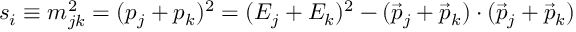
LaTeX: s _ { i } \equiv m _ { j k } ^ { 2 } = ( p _ { j } + p _ { k } ) ^ { 2 } = ( E _ { j } + E _ { k } ) ^ { 2 } - ( { \vec { p } } _ { j } + { \vec { p } } _ { k } ) \cdot ( { \vec { p } } _ { j } + { \vec { p } } _ { k } )